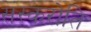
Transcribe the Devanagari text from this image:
संस्करोति